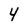
Character: 4